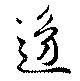
邊